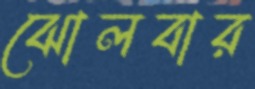
ঝোলবার